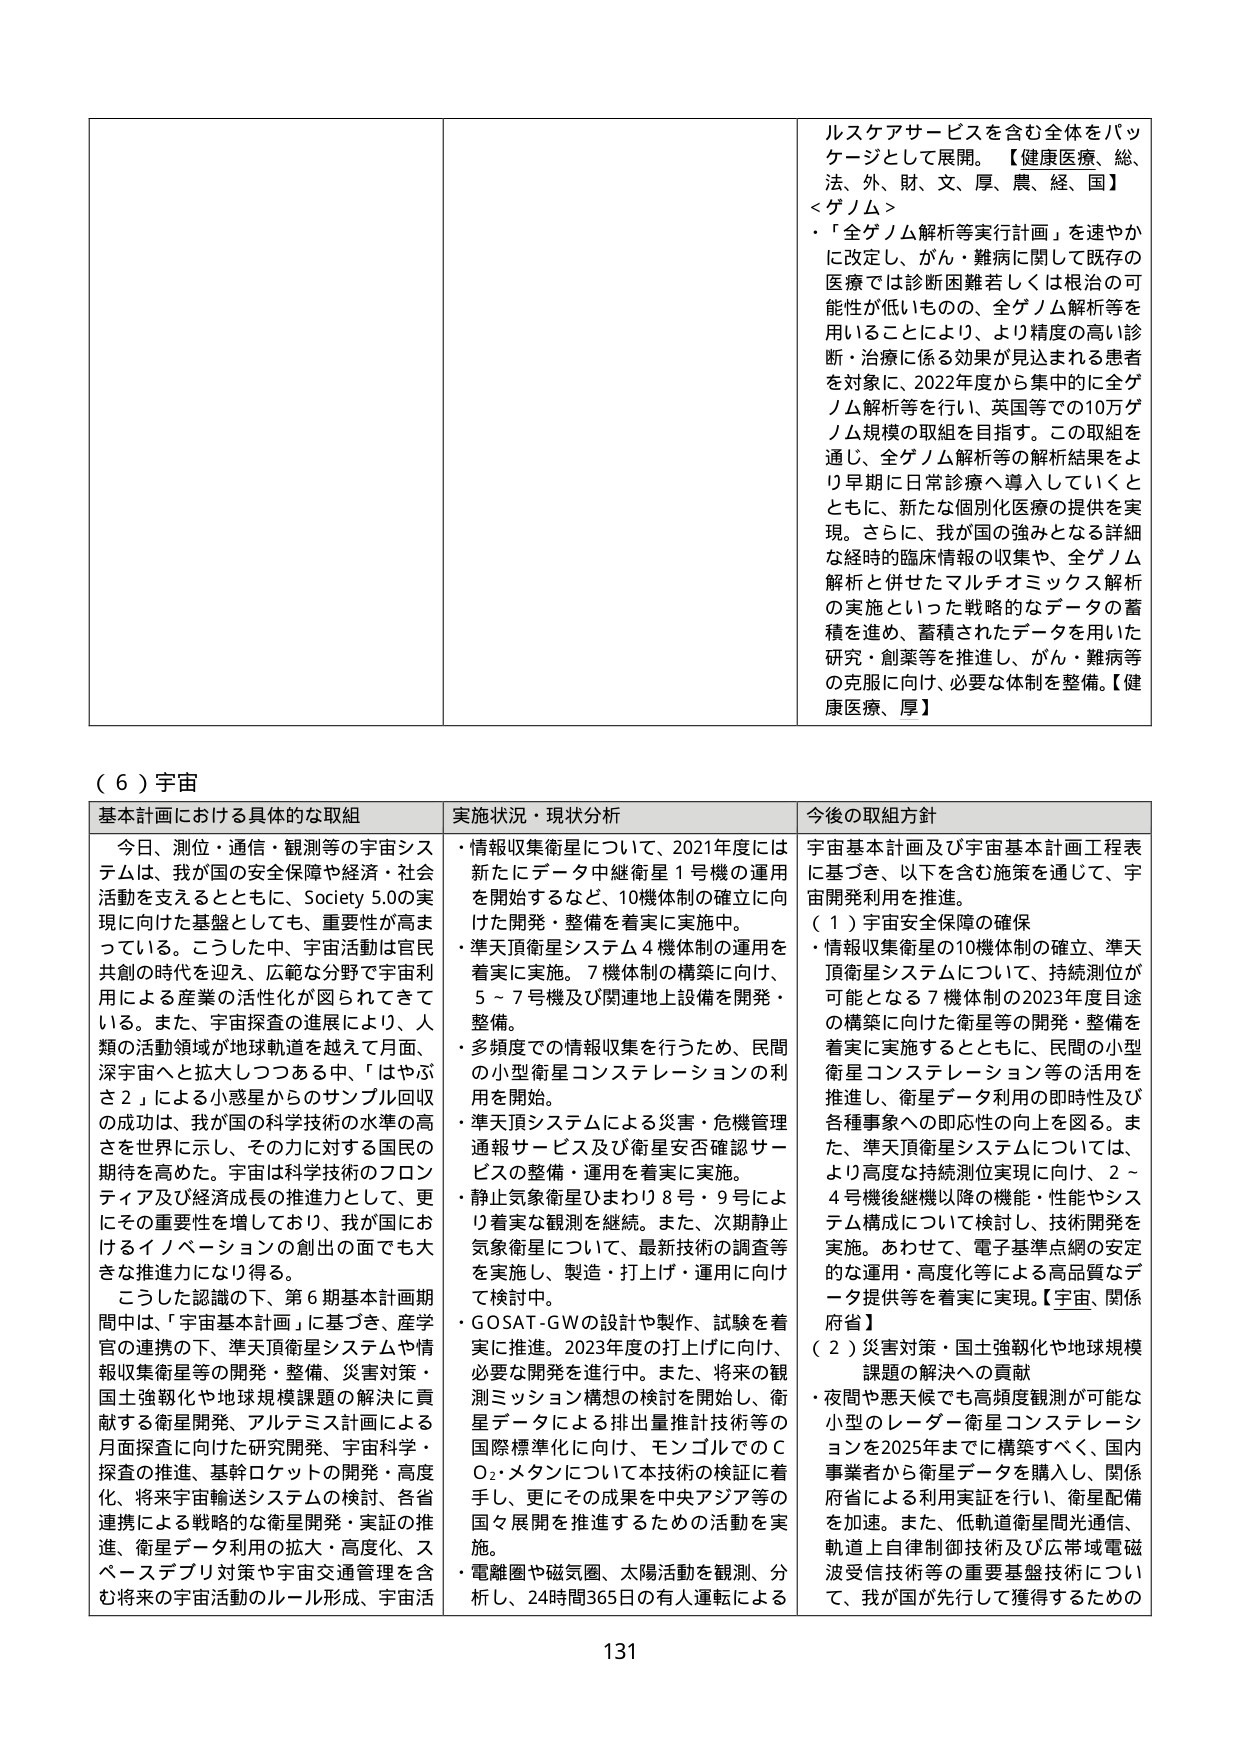
ルスケアサービスを含む全体をパッケージとして展開。【健康医療、総、法、外、財、文、厚、農、経、国】<ゲノム>・「全ゲノム解析等実行計画」を速やかに改定し、がん・難病に関して既存の医療では診断困難若しくは根治の可能性が低いものの、全ゲノム解析等を用いることにより、より精度の高い診断・治療に係る効果が見込まれる患者を対象に、2022年度から集中的に全ゲノム解析等を行い、英国等での10万ゲノム規模の取組を目指す。この取組を通じ、全ゲノム解析等の解析結果をより早期に日常診療へ導入していくとともに、新たな個別化医療の提供を実現。さらに、我が国の強みとなる詳細な経時的臨床情報の収集や、全ゲノム解析と併せたマルチオミックス解析の実施といった戦略的なデータの蓄積を進め、蓄積されたデータを用いた研究・創業等を推進し、がん・難病等の克服に向け、必要な体制を整備。【健康医療、厚】

（６）宇宙

基本計画における具体的な取組
今日、測位・通信・観測等の宇宙システムは、我が国の安全保障や経済・社会活動を支えるとともに、Society 5.0の実現に向けた基盤としても、重要性が高まっている。こうした中、宇宙活動は官民共創の時代を迎え、広範な分野で宇宙利用による産業の活性化が図られてきて いる。また、宇宙探査の進展により、人類の活動領域が地球軌道を越えて月面、深宇宙へと拡大しつつある中、「はやぶさ２」による小惑星からのサンプル回収の成功は、我が国の科学技術の水準の高さを世界に示し、その力に対する国民の期待を高めた。宇宙は科学技術のフロンティア及び経済成長の推進力として、更にその重要性を増しており、我が国におけるイノベーションの創出の面でも大きな推進力になり得る。
こうした認識の下、第６期基本計画期間中は、「宇宙基本計画」に基づき、産学官の連携の下、準天頂衛星システムや情報収集衛星等の開発・整備、災害対策・国土強靭化や地球規模課題の解決に貢献する衛星開発、アルテミス計画による月面探査に向けた研究開発、宇宙科学・探査の推進、基幹ロケットの開発・高度化、将来宇宙輸送システムの検討、各省連携による戦略的な衛星開発・実証の推進、衛星データ利用の拡大・高度化、スペースデブリ対策や宇宙交通管理を含む将来の宇宙活動のルール形成、宇宙活

実状況・現状分析
・情報収集衛星について、2021年度には新たにデータ中継衛星１号機の運用を開始するなど、10機体制の確立に向けた開発・整備を着実に実施中。
・準天頂衛星システム４機体制の運用を着実に実施。７機体制の構築に向け、５～７号機及び関連地上設備を開発・整備。
・多頻度での情報収集を行うため、民間の小型衛星コンステレーションの利用を開始。
・準天頂システムによる災害・危機管理通報サービス及び衛星安否確認サービスの整備・運用を着実に実施。
・静止気象衛星ひまわり８号・９号により着実な観測を継続。また、次期静止気象衛星について、最新技術の調査等を実施し、製造・打上げ・運用に向けて検討中。
・GOSAT-GWの設計や製作、試験を着実に推進。2023年度の打上げに向け、必要に開発を進行中。また、将来の観測ミッション構想の検討を開始し、衛星データによる排出量推計技術等の国際標準化に向け、モンゴルでのＣＯ₂・メタンについて本技術の検証に着手し、更にその成果を中央アジア等の国々展開を推進するための活動を実施。
・電離圏や磁気圏、太陽活動を観測、分析し、24時間365日の有人運転による

今後の取組方針
宇宙基本計画及び宇宙基本計画工程表に基づき、以下を含む施策を通じて、宇宙開発利用を推進。
（１）宇宙安全保障の確保
・情報収集衛星の10機体制の確立、準天頂衛星システムについて、持続測位が可能となる７機体制の2023年度用途の構築に向けた衛星等の開発・整備を着実に実施するとともに、民間の小型衛星コンステレーション等の活用を推進し、衛星データ利用の即時性及び各種事象への即応性の向上を図る。また、準天頂衛星システムについては、より高度な持続測位実現に向け、２～４号機後継機以降の機能・性能やシステム構成について検討し、技術開発を実施。あわせて、電子基準点網の安定的な運用・高度化等による高品質なデータ提供等を着実に実現。【宇宙、関係府省】
（２）災害対策・国土強靭化や地球規模課題の解決への貢献
・夜間や悪天候でも高頻度観測が可能な小型のレーダー衛星コンステレーションを2025年までに構築すべく、国内事業者から衛星データを購入し、関係府省による利用実証を行い、衛星配備を加速。また、低軌道衛星間光通信、軌道上自律制御技術及び広帯域電磁波受信技術等の重要基盤技術について、我が国が先行して獲得するための

131